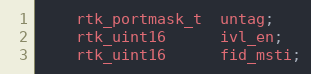
Language: C
    rtk_portmask_t  untag;
    rtk_uint16      ivl_en;
    rtk_uint16      fid_msti;